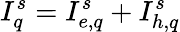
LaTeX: I_{q}^{s}=I_{e,q}^{s}+I_{h,q}^{s}